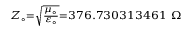
\scriptstyle { Z _ { \circ } = { \sqrt { \frac { \mu _ { \circ } } { \varepsilon _ { \circ } } } } = 3 7 6 . 7 3 0 3 1 3 4 6 1 \ \Omega }